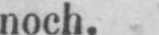
noch.